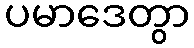
ပမာဒေတွာ